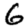
Digit: 6